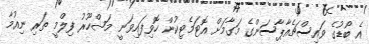
އެ ބޯޑުގެ ވައިސްޗެއާޕާސަންގެ މަގާމަށް އޮޓަމެޓިކުން ހޮވިފައިވަނީ މަޝްހޫރު ފިލްމީ ތަރި ނިއުމާ